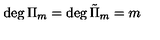
\deg \Pi _ { m } = \deg { \tilde { \Pi } } _ { m } = m